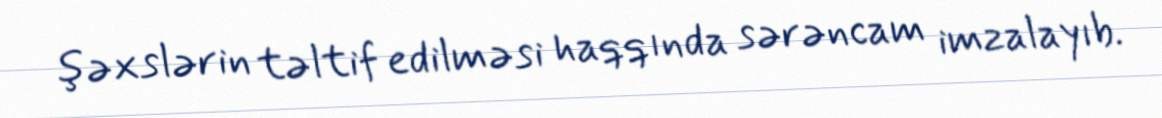
şəxslərin təltif edilməsi haqqında sərəncam imzalayıb.